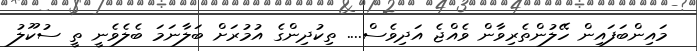
މައިންބަފައިން ހޭލުންތެރިވާން ވެއްޖެ އަދިވެސް.... ތިކުދިންގެ އުމުރަށް ބަލާނަމަ ބެލެވެނީ ތީ ސުކޫލު